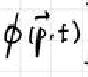
$\phi(\vec{p},t)$